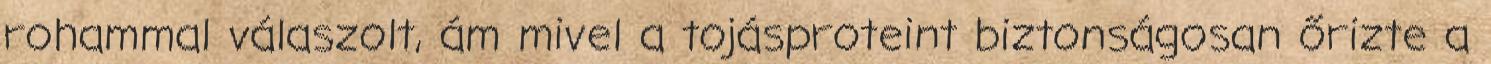
rohammal válaszolt, ám mivel a tojásproteint biztonságosan őrizte a